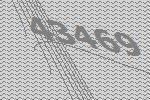
43469